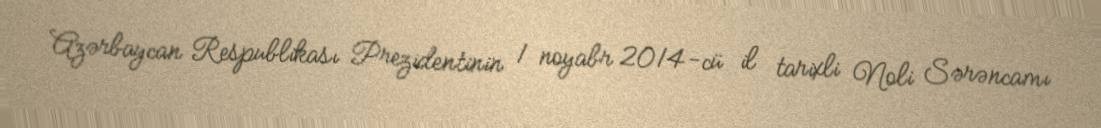
Azərbaycan Respublikası Prezidentinin 1 noyabr 2014-cü il tarixli №li Sərəncamı